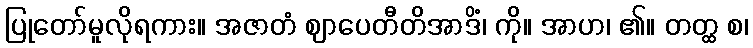
ပြုတော်မူလိုရကား။ အဇာတံ ဈာပေတီတိအာဒိံ၊ ကို။ အာဟ၊ ၏။ တတ္ထ စ၊